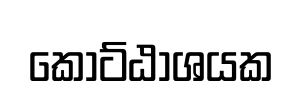
කොට්ඨාශයක